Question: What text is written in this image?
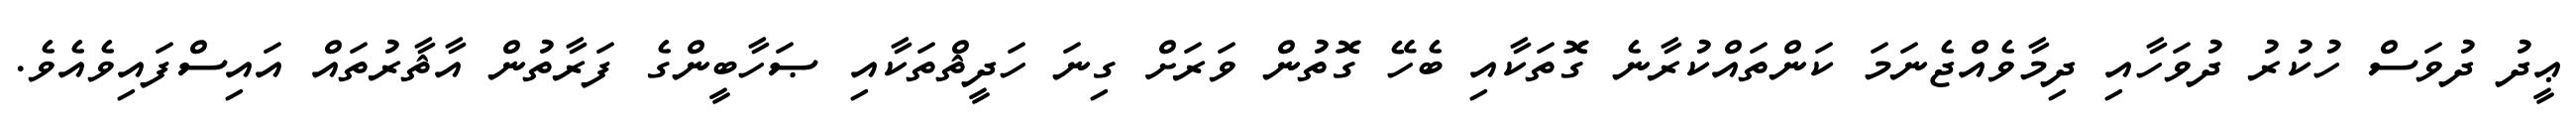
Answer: ޢީދު ދުވަސް ހުކުރު ދުވަހާއި ދިމާވެއްޖެނަމަ ކަންތައްކުރާނެ ގޮތަކާއި ބެހޭ ގޮތުން ވަރަށް ގިނަ ހަދީޘްތަކާއި ޞަހާބީންގެ ފަރާތުން އާޘާރުތައް އައިސްފައިވެއެވެ.